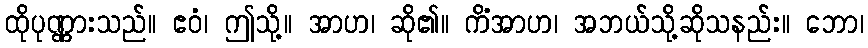
ထိုပုဏ္ဏားသည်။ ဧဝံ၊ ဤသို့။ အာဟ၊ ဆို၏။ ကိံအာဟ၊ အဘယ်သို့ဆိုသနည်း။ ဘော၊